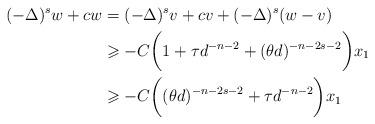
LaTeX: \begin{align*}(-\Delta)^s w +cw &=(-\Delta)^sv +cv +(-\Delta)^s(w-v) \\&\geqslant -C \bigg ( 1 + \tau d^{-n-2} +(\theta d)^{-n-2s-2} \bigg )x_1 \\&\geqslant -C \bigg ( (\theta d)^{-n-2s-2} + \tau d^{-n-2} \bigg )x_1\end{align*}